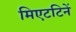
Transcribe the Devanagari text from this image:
मिएटटिनें